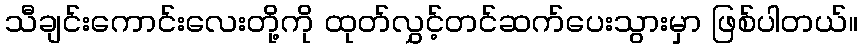
သီချင်းကောင်းလေးတို့ကို ထုတ်လွှင့်တင်ဆက်ပေးသွားမှာ ဖြစ်ပါတယ်။